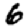
Digit: 6